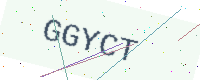
Text: GGYCT